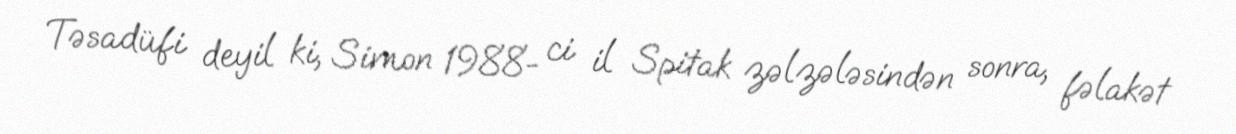
Təsadüfi deyil ki, Simon 1988- ci il Spitak zəlzələsindən sonra, fəlakət